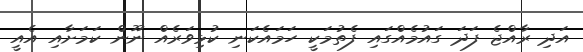
އަދި ރާއްޖެ ފަދަ ގައުމެއްގައި ފެތުމަކީ ހަމައެކަނި ކުޅިވަރެއް ނޫން ކަމަށާއި އެއީ